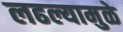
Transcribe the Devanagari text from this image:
लढल्यामुळे